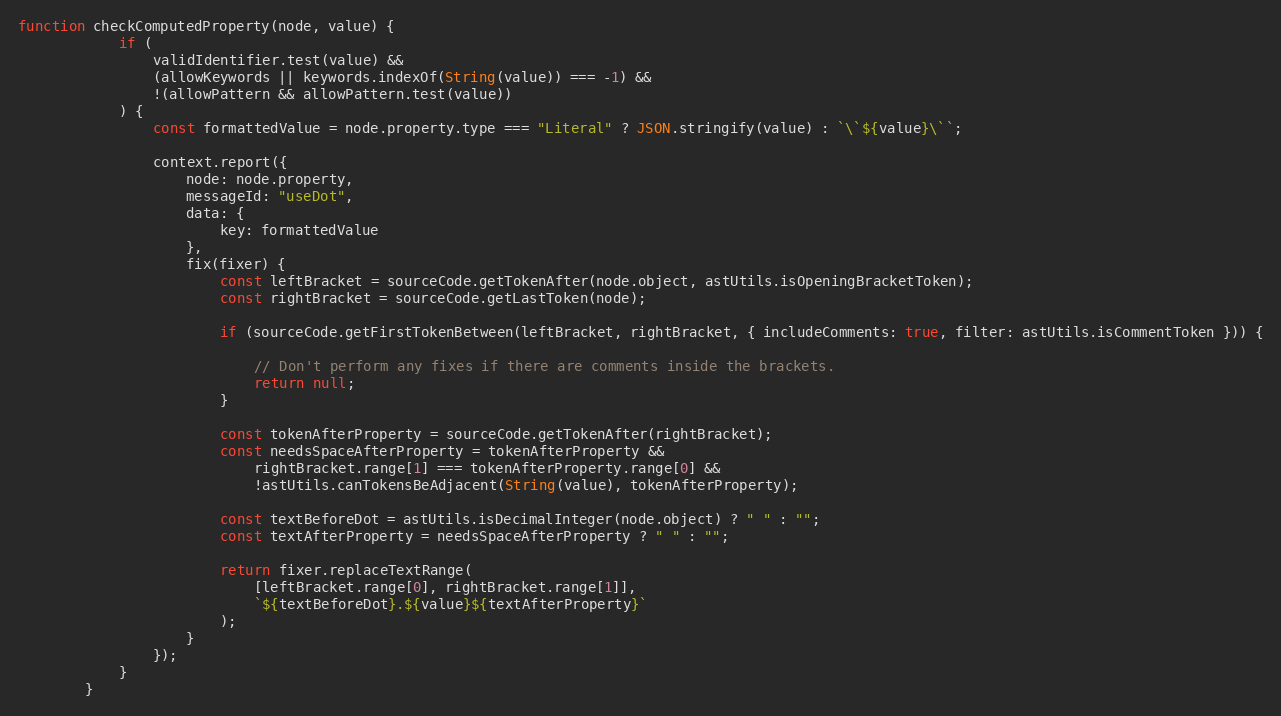
Language: JavaScript
function checkComputedProperty(node, value) {
            if (
                validIdentifier.test(value) &&
                (allowKeywords || keywords.indexOf(String(value)) === -1) &&
                !(allowPattern && allowPattern.test(value))
            ) {
                const formattedValue = node.property.type === "Literal" ? JSON.stringify(value) : `\`${value}\``;

                context.report({
                    node: node.property,
                    messageId: "useDot",
                    data: {
                        key: formattedValue
                    },
                    fix(fixer) {
                        const leftBracket = sourceCode.getTokenAfter(node.object, astUtils.isOpeningBracketToken);
                        const rightBracket = sourceCode.getLastToken(node);

                        if (sourceCode.getFirstTokenBetween(leftBracket, rightBracket, { includeComments: true, filter: astUtils.isCommentToken })) {

                            // Don't perform any fixes if there are comments inside the brackets.
                            return null;
                        }

                        const tokenAfterProperty = sourceCode.getTokenAfter(rightBracket);
                        const needsSpaceAfterProperty = tokenAfterProperty &&
                            rightBracket.range[1] === tokenAfterProperty.range[0] &&
                            !astUtils.canTokensBeAdjacent(String(value), tokenAfterProperty);

                        const textBeforeDot = astUtils.isDecimalInteger(node.object) ? " " : "";
                        const textAfterProperty = needsSpaceAfterProperty ? " " : "";

                        return fixer.replaceTextRange(
                            [leftBracket.range[0], rightBracket.range[1]],
                            `${textBeforeDot}.${value}${textAfterProperty}`
                        );
                    }
                });
            }
        }